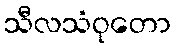
သီလသံဝုတော